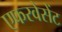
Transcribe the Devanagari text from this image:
एफरवेसेंट